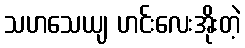
သဟသေယျ ဟင်းလေးအိုးတဲ့